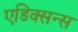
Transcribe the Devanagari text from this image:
एडिक्सन्स